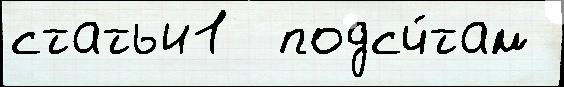
статьи1  подсч́там